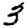
Digit: 3